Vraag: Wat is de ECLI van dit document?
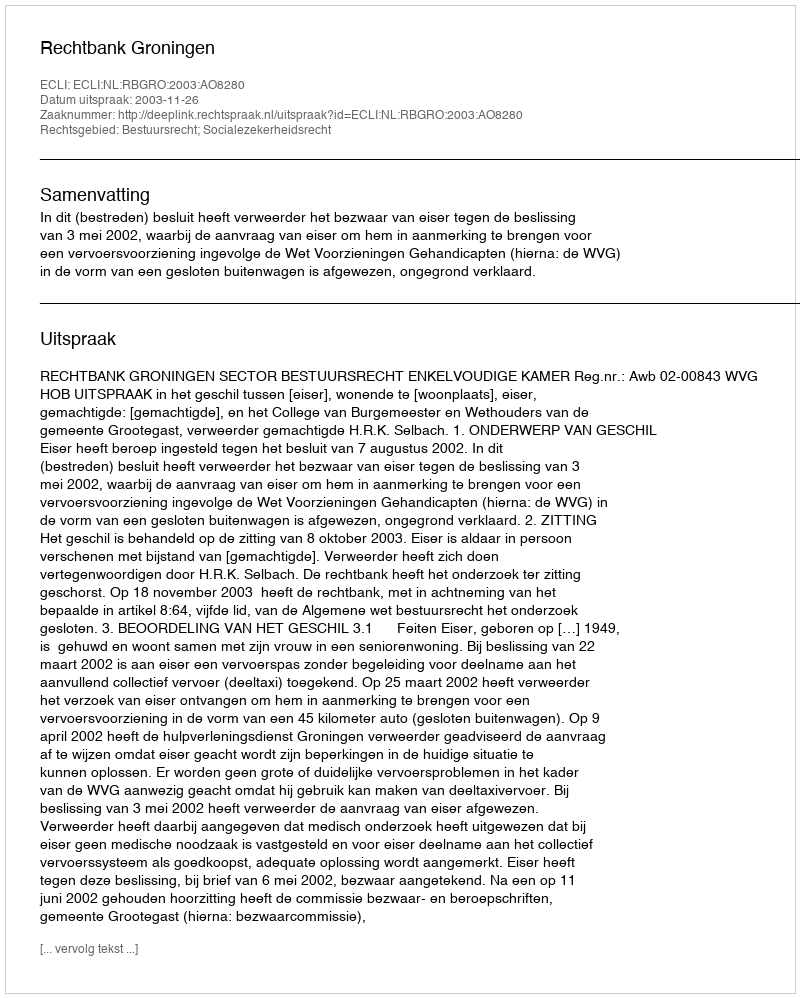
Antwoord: ECLI:NL:RBGRO:2003:AO8280